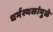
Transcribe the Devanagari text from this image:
धर्मस्थळांमुळे